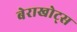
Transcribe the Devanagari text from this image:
बेराखोट्स